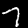
Digit: 7